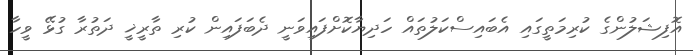
އޮފިޝަލުންގެ ކުރިމަތީގައި އެބައިސްކަލުތައް ހަދިޔާކޮށްފައިވަނީ ދެބަފައިން ކުރި ތާރީޚީ ދަތުރާ ގުޅޭ ވީހާ